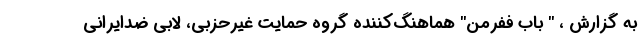
به گزارش ، " باب ففرمن" هماهنگ‌کننده گروه حمایت غیرحزبی، لابی ضدایرانی